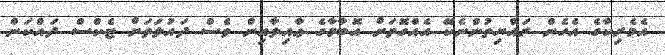
އެމެރިކާގެ އެހެން ރައްޔިތުންނެކޭ އެއްގޮތަށް އޮބާމާގެ ޢާއިލާއިން ވެސް ދައުލަތަށް ޓެކްސް ދައްކަން